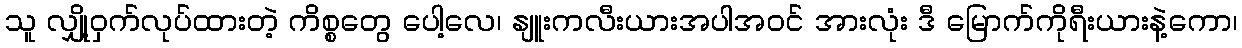
သူ လျှို့ဝှက်လုပ်ထားတဲ့ ကိစ္စတွေ ပေါ့လေ၊ နျူးကလီးယားအပါအဝင် အားလုံး ဒီ မြောက်ကိုရီးယားနဲ့ကော၊